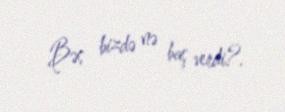
Bəs bizdə nə baş verdi?.